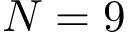
N = 9